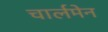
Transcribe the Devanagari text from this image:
चार्लमेन